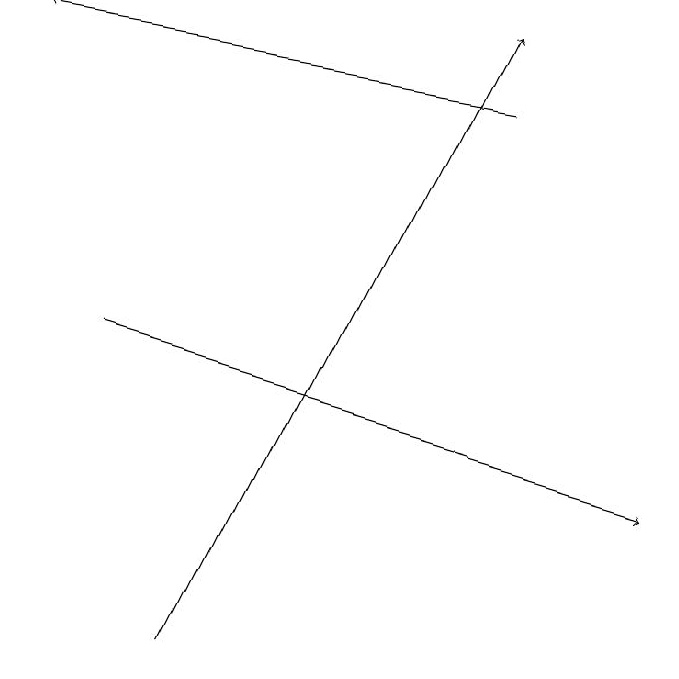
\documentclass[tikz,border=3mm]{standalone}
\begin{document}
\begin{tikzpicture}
\draw[->] (6,18) -- (0,19);
\draw[->] (2,11) -- (6,19);
\draw[->] (1,15) -- (8,13);
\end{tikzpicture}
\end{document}